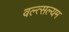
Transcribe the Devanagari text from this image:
वल्त्सल्यम